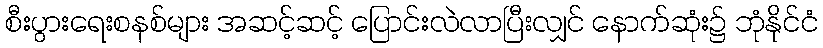
စီးပွားရေးစနစ်များ အဆင့်ဆင့် ပြောင်းလဲလာပြီးလျှင် နောက်ဆုံး၌ ဘုံနိုင်ငံ